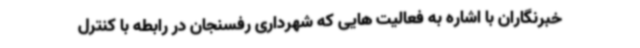
خبرنگاران با اشاره به فعالیت هایی که شهرداری رفسنجان در رابطه با کنترل